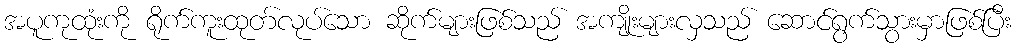
အပူကုထုံးကို ရိုက်ကူးထုတ်လုပ်သော ဆိုက်များဖြစ်သည် အကျိုးများလှသည် ဆောင်ရွက်သွားမှာဖြစ်ပြီး